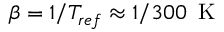
\beta = 1 / T _ { r e f } \approx 1 / 3 0 0 \, \textrm { K }